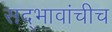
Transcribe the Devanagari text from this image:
सद्‍भावांचीच